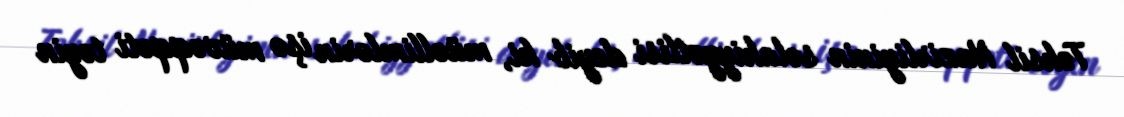
Təhsil Nazirliyinin səlahiyyətlisi deyib ki, müəllimlərin işə müvəqqəti təyin